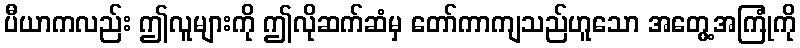
ပီယာကလည်း ဤလူများကို ဤလိုဆက်ဆံမှ တော်ကာကျသည်ဟူသော အတွေ့အကြုံကို